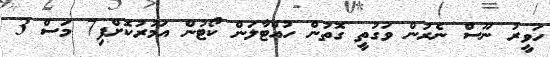
ހަވީރު ނޫސް ނެރުން ވަގުތީ ގޮތުން ހުއްޓާލަން ކޯޓުން އަމުުރުކޮށްފި7 މަސް 3